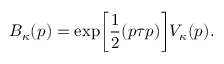
B _ { \kappa } ( p ) = \exp \biggl [ \frac { 1 } { 2 } ( p \tau p ) \biggr ] V _ { \kappa } ( p ) .